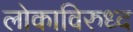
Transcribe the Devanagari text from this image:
लोकाविरुध्द